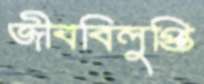
জীববিলুপ্তি